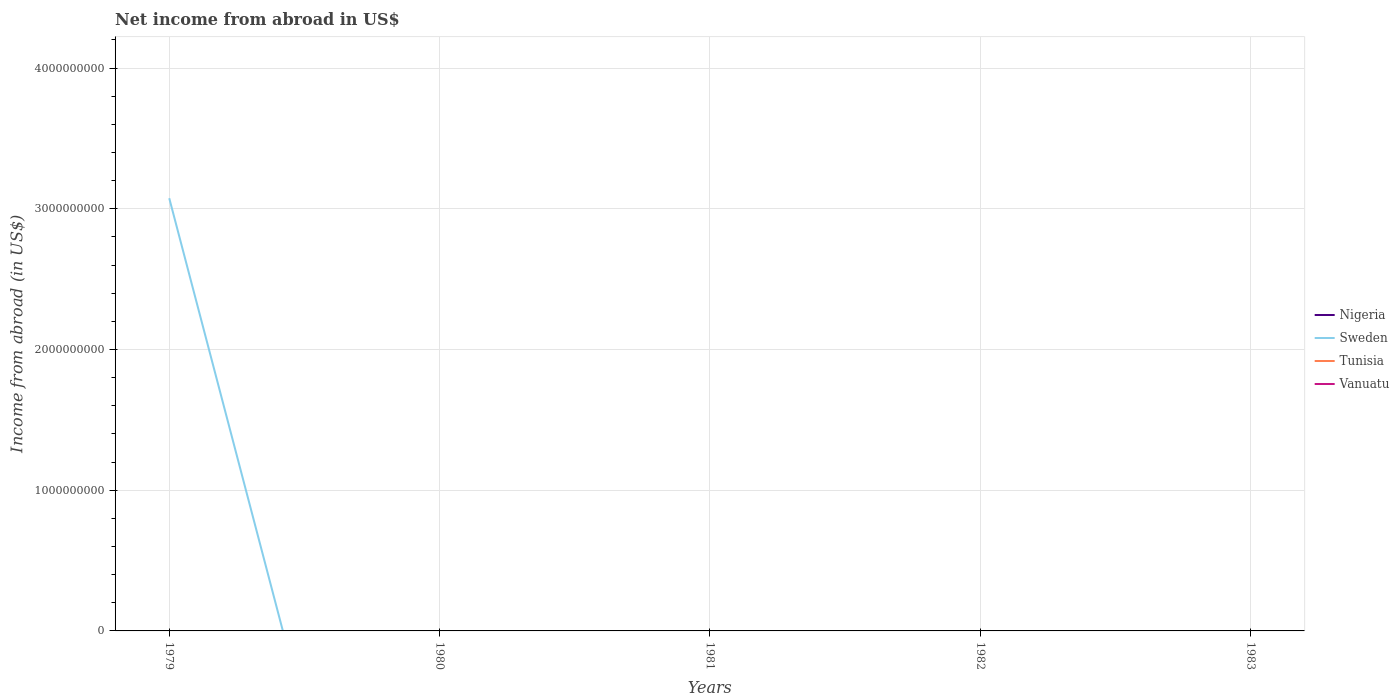
| Years | Nigeria | Sweden | Tunisia | Vanuatu |
 | --- | --- | --- | --- | --- |
 | 1979 | -2.73e+08 | 3.08e+09 | -1.08e+08 | -1.32e+09 |
 | 1980 | -2.45e+09 | -4.24e+09 | -1.19e+08 | -1.2e+09 |
 | 1981 | -1.33e+09 | -8.87e+09 | -1.49e+08 | -1.45e+09 |
 | 1982 | -1.12e+09 | -1.5e+10 | -1.74e+08 | -1.5e+09 |
 | 1983 | -1.11e+09 | -1.99e+10 | -1.82e+08 | -1.29e+09 |